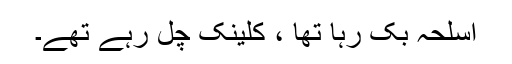
اسلحہ بک رہا تھا ، کلینک چل رہے تھے۔